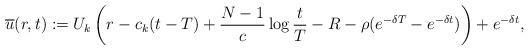
LaTeX: \begin{align*}\overline u(r,t):=U_{k}\left(r-c_{k}(t-T)+\frac{N-1}{c}\log \frac{t}T -R-\rho (e^{-\delta T}-e^{-\delta t})\right)+e^{-\delta t},\end{align*}